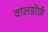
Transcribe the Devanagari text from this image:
वालडोर्फ़